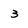
Character: 3